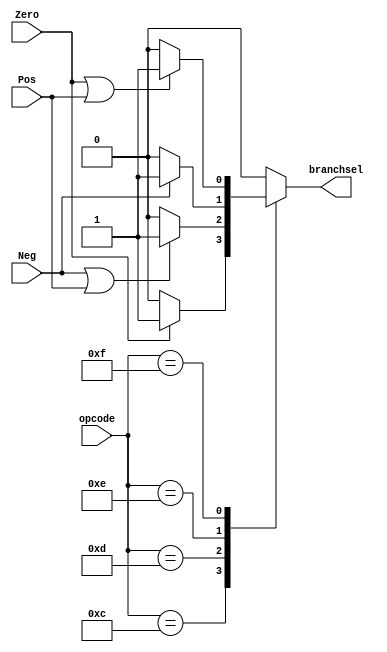
module branch(Zero, Pos, Neg, opcode, branchsel);

   input [4:0] opcode;
   input Zero, Pos, Neg;

   output reg branchsel;

   
   always @(*) begin 

      case(opcode)

	 default : begin
	    branchsel = 1'b0;
	 end

         5'b01100: begin // BEQZ
            branchsel = (Zero) ? 1'b1 : 1'b0;
         end

	 5'b01101: begin // BNEZ
            branchsel = (Neg|Pos) ? 1'b1 : 1'b0;
         end

	 5'b01110: begin // BLTZ
            branchsel = (Neg) ? 1'b1 : 1'b0;
         end

 	 5'b01111: begin // BGEZ
            branchsel = (Zero|Pos) ? 1'b1 : 1'b0;
         end

      endcase
   end
endmodule